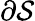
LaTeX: \partial\cal S